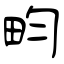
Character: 畇